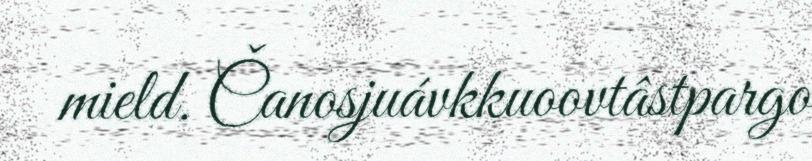
mield. Čanosjuávkkuoovtâstpargo